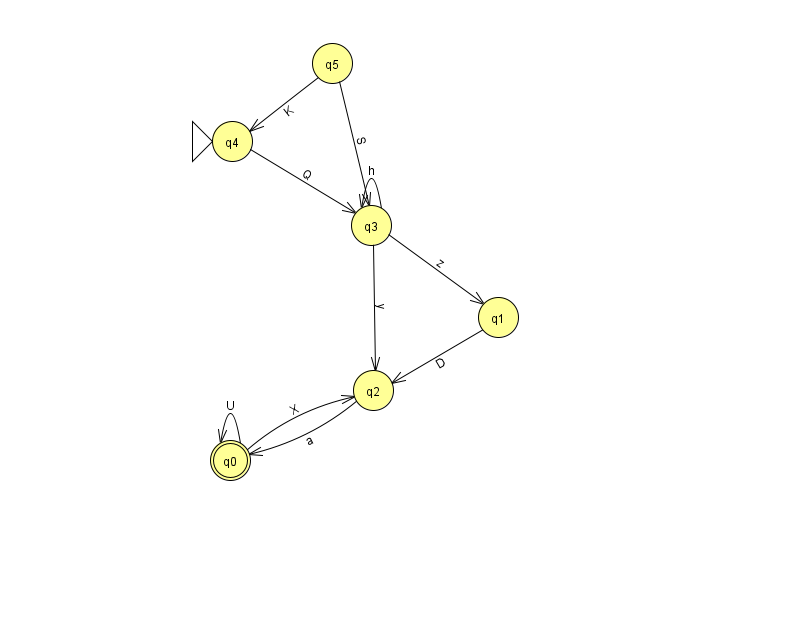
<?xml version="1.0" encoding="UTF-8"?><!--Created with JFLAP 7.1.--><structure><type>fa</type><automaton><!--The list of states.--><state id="0" name="q0"><x>230.0</x><y>447.0</y><final/></state><state id="1" name="q1"><x>498.0</x><y>304.0</y></state><state id="2" name="q2"><x>373.0</x><y>377.0</y></state><state id="3" name="q3"><x>371.0</x><y>212.0</y></state><state id="4" name="q4"><x>232.0</x><y>128.0</y><initial/></state><state id="5" name="q5"><x>332.0</x><y>50.0</y></state><!--The list of transitions.--><transition><from>4</from><to>3</to><read>Q</read></transition><transition><from>5</from><to>4</to><read>K</read></transition><transition><from>2</from><to>0</to><read>a</read></transition><transition><from>3</from><to>1</to><read>z</read></transition><transition><from>0</from><to>0</to><read>U</read></transition><transition><from>3</from><to>3</to><read>h</read></transition><transition><from>5</from><to>3</to><read>S</read></transition><transition><from>0</from><to>2</to><read>X</read></transition><transition><from>3</from><to>2</to><read>y</read></transition><transition><from>1</from><to>2</to><read>D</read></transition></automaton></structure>